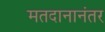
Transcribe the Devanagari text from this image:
मतदानानंतर